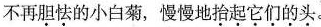
不再胆怯的小白菊，慢慢地拾起它们的头。